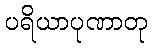
ပရိယာပုဏာတု